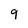
Character: 9